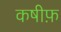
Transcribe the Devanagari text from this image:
कषीफ़